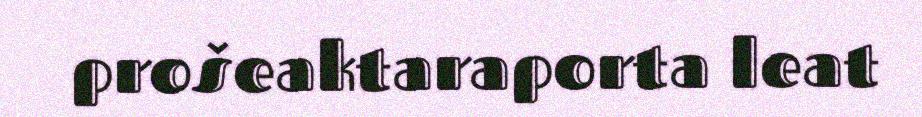
prošeaktaraporta leat